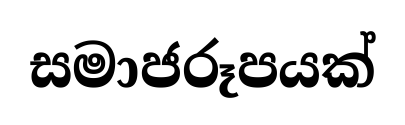
සමාජරූපයක්